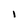
Character: I